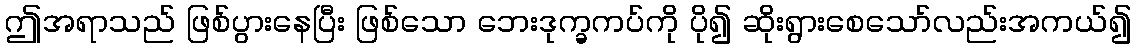
ဤအရာသည် ဖြစ်ပွားနေပြီး ဖြစ်သော ဘေးဒုက္ခကပ်ကို ပို၍ ဆိုးရွားစေသော်လည်းအကယ်၍